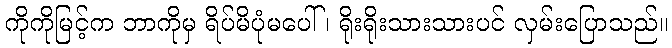
ကိုကိုမြင့်က ဘာကိုမှ ရိပ်မိပုံမပေါ် ၊ ရိုးရိုးသားသားပင် လှမ်းပြောသည်။